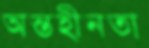
অন্তহীনতা